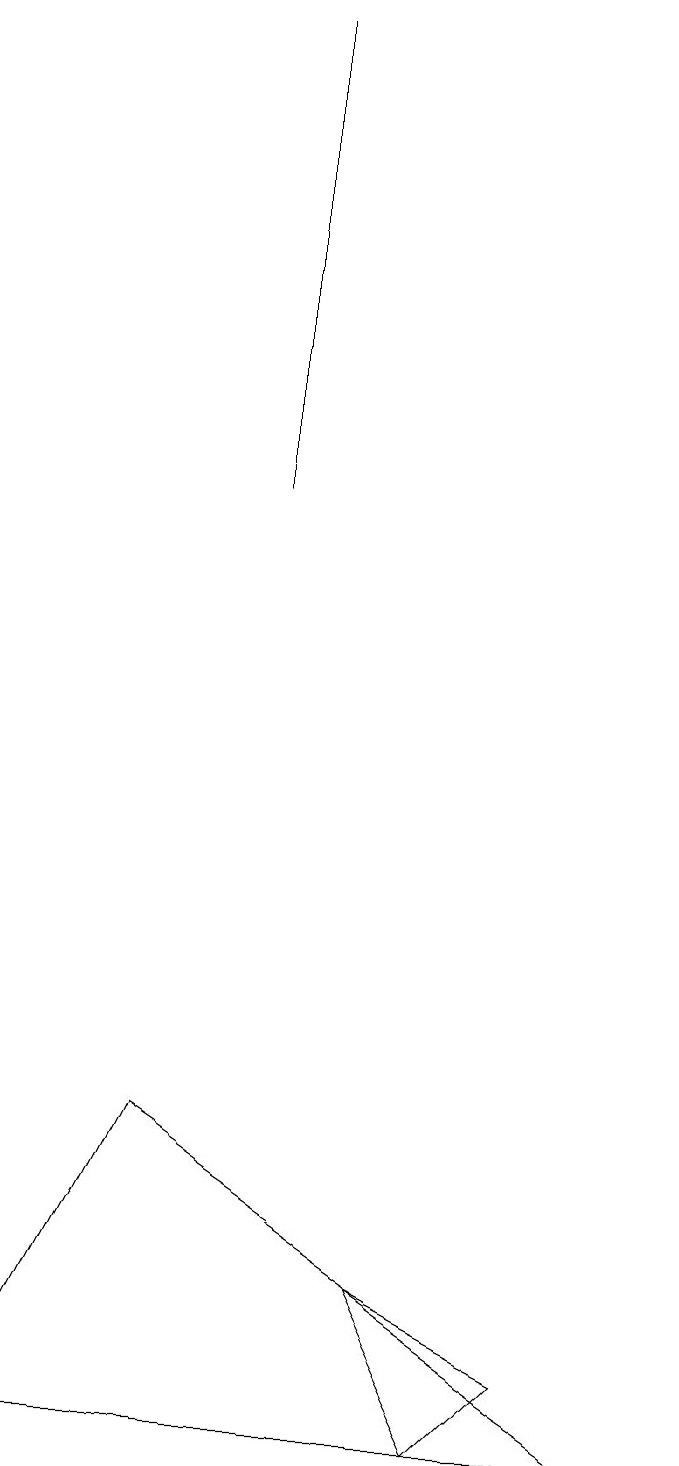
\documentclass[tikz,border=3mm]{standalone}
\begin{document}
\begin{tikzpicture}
\draw (4,18) rectangle (4,12);
\draw (3,4) -- (9,0) -- (1,0) -- cycle;
\draw (8,1) -- (6,2) -- (7,0) -- cycle;
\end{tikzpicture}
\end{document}